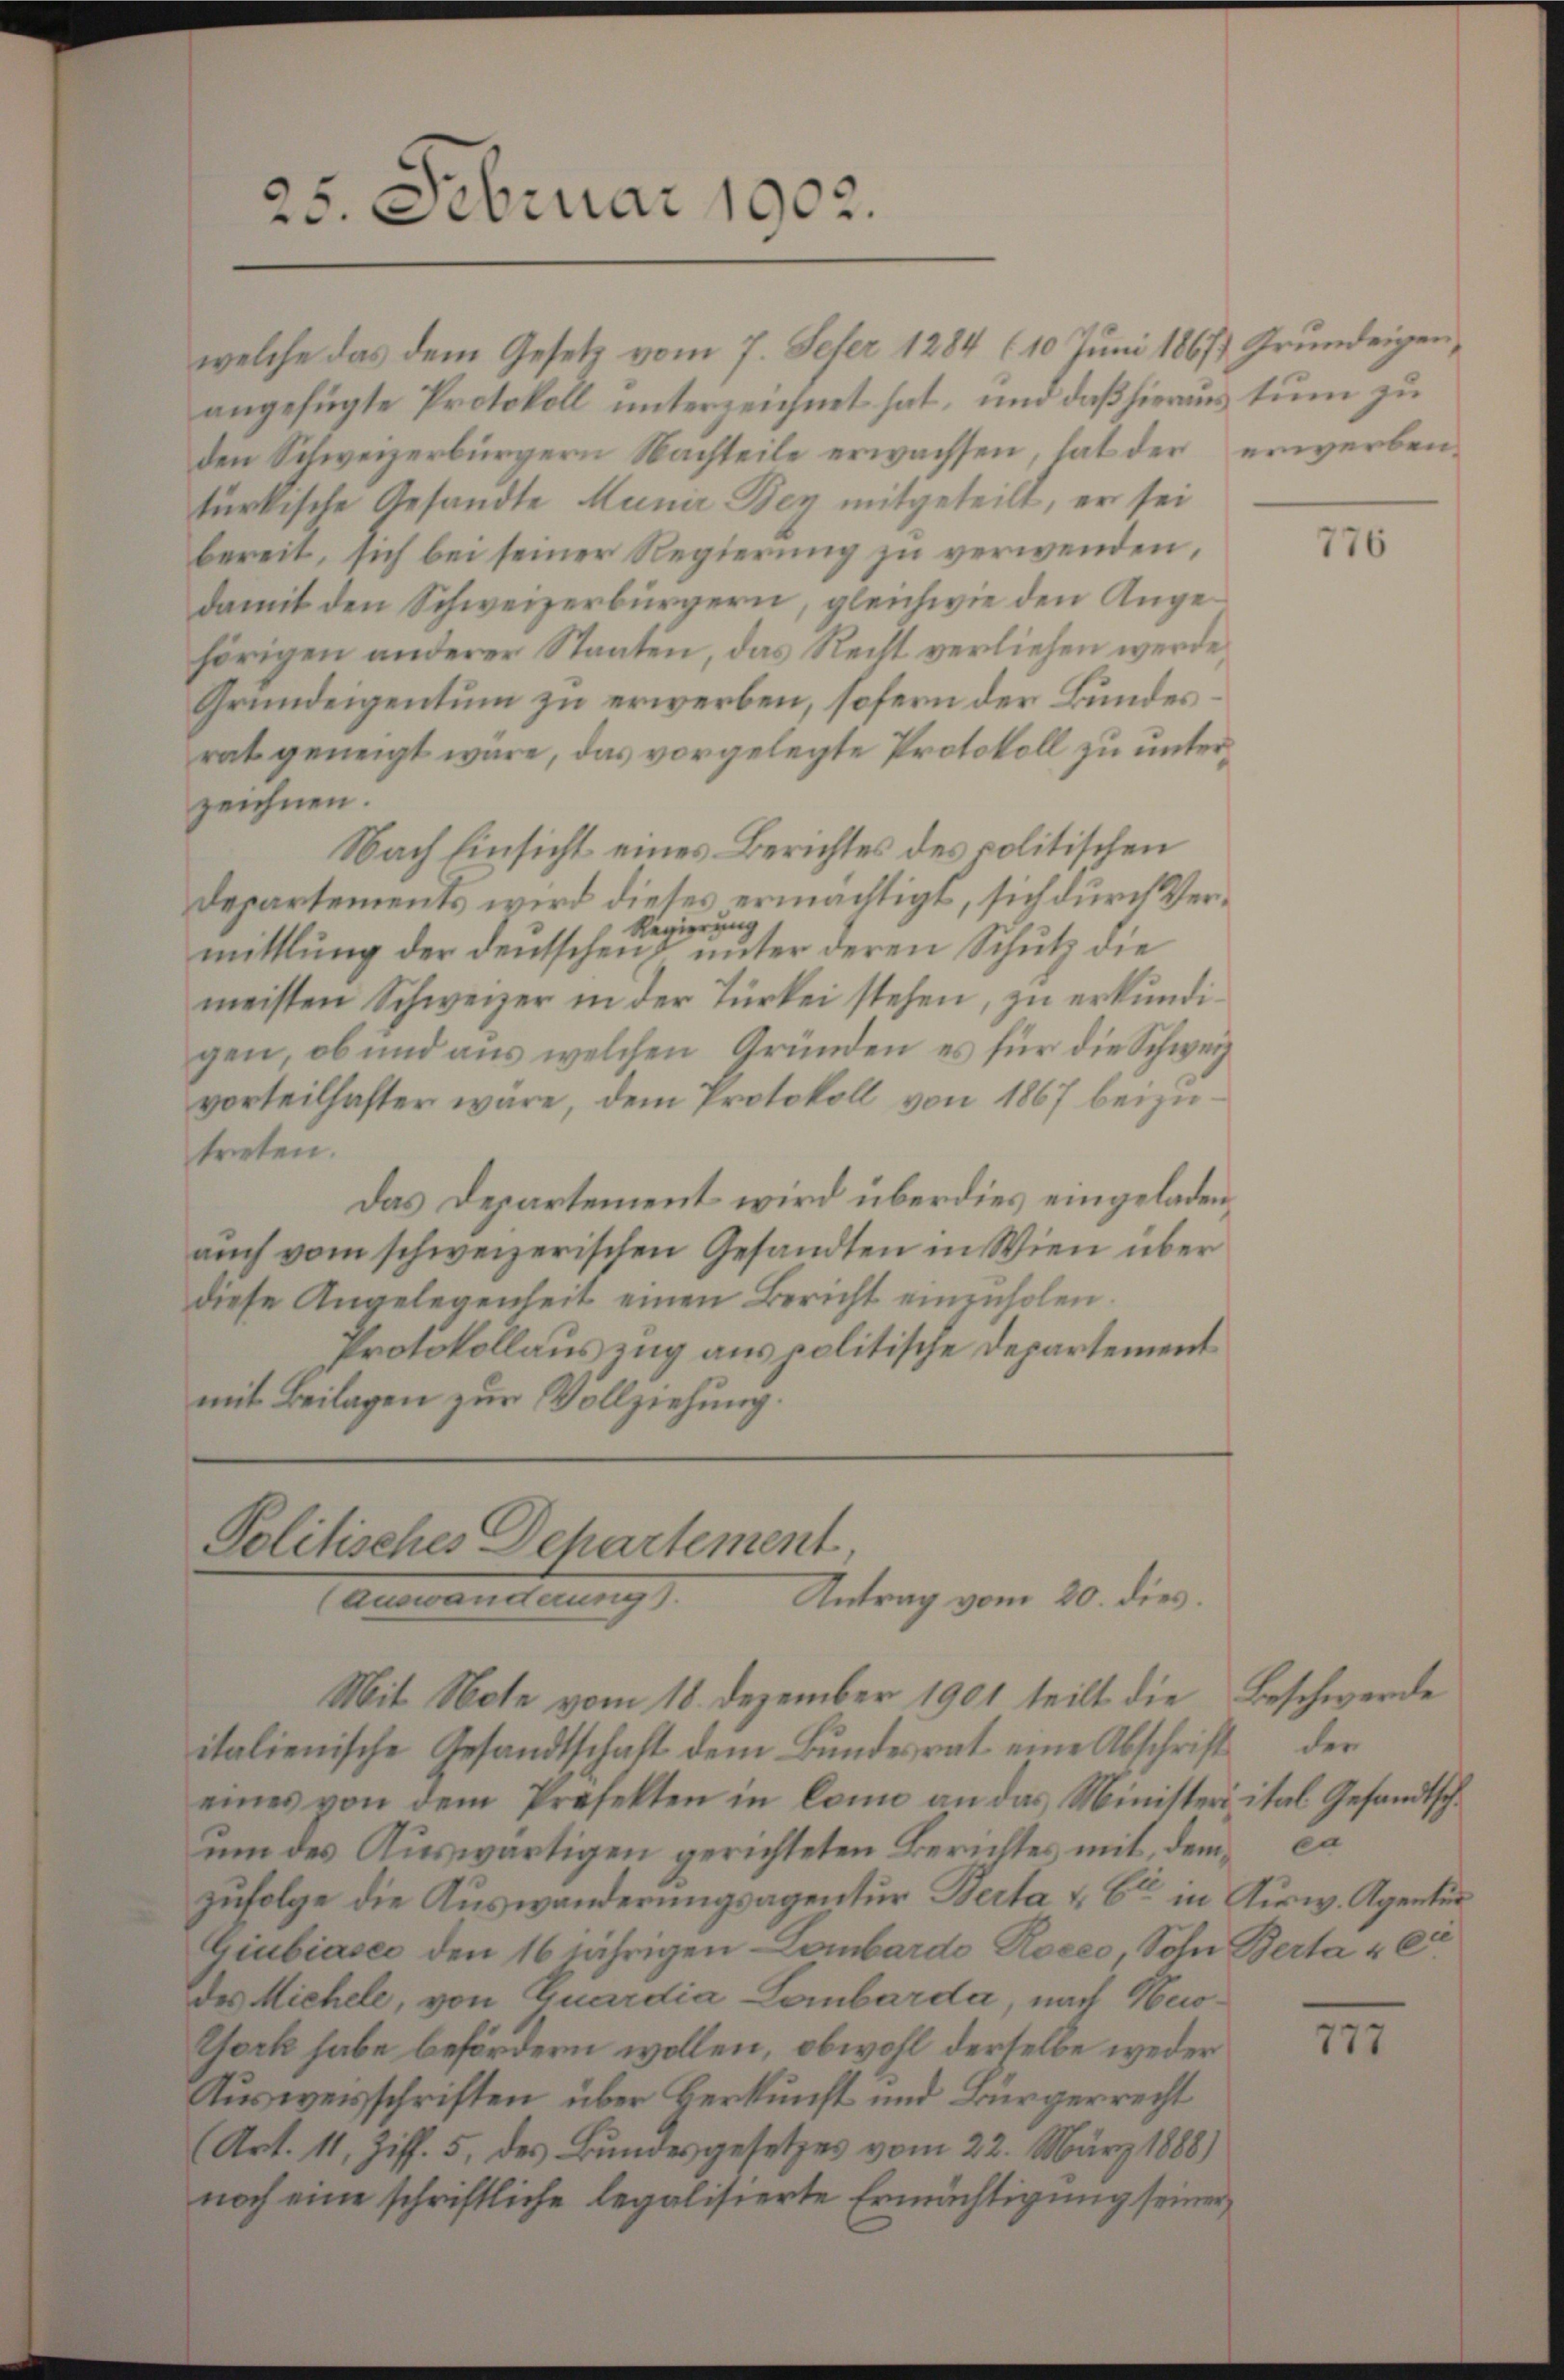
25. Februar 1902.

welche das dem Gesetz vom 7. Sefer 1884 (10 Juni 1867 Grundeigen.
angefügte Protokoll unterzeichnet hat, und daß hieraus tum zu
den Schweizerbürgern Nachteile erwachsen, hat der erwerbentürkische Gesandte Munir Bey mitgeteilt, er sei
bereit, sich bei seiner Regierung zu verwenden,
damit den Schweizerbürgern, gleichwie den Angehörigen anderer Staaten, das Recht verliehen werde
Grundeigentum zu erwerben, sofern der Bundesrat geneigt wäre, das vorgelegte Protokoll zu unterzeichnen.
Nach Einsicht eines Berichtes des politischen
Departements wird dieses ermächtigt, sich durch Ver¬
Regierung
mittlung der deutscheint ŭnter deren Schŭtz die
meisten Schweizer in der Türkei stehen, zu erkŭndi-
gen, ob und aus welchen Gründen es für die Schwervorteilhafter wäre, dem Protokoll von 1867 beizu-
treten.
Das Departement wird überdies eingeladen,
aŭch vom schweizerischen Gesandten in Wien über
diese Angelegenheit einen Bericht einzŭholen.
Protokollauszug aus politische Departement
mit Beilagen zur Vollziehung.

Politisches Dehartement
Antrag vom 20. dies.
(Auswanderung).
Mit Note vom 18. Dezember 1901 teilt die Beschwerde

italienische Gesandtschaft dem Bŭndesrat eine Abschrift der
eines von dem Profekten in Conne an das Ministeri ital Gesandtsch.
um des Auswärtigen gerichteten Berichtes mit, dem ca
zufolge die Auswanderungsagentur Berta & Cie in Airw. Agentur
Giubiasco den 16 jährigen Lombardo Roceo, Sohn Berta u C
des Michele, von Quardia Lombarda, nach Newo¬
York habe befördern wollen, obwohl derselbe weder
Ausweisschriften über Herkunft und Bürgerrecht
Art. 11, Ziff. 5, des Bundesgesetzes vom 22. März 1888)
noch eine schriftliche legalisierte Ermächtigung seiner

776

777